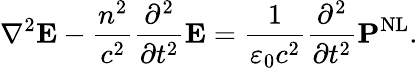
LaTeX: \nabla^{2}\mathbf{E}-{\frac{n^{2}}{c^{2}}}{\frac{\partial^{2}}{\partial t^{2}}}\mathbf{E}={\frac{1}{\varepsilon_{0}c^{2}}}{\frac{\partial^{2}}{\partial t^{2}}}\mathbf{P}^{\mathrm{NL}}.